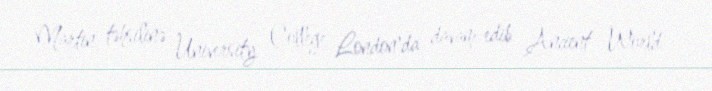
Martin təhsilinə University College London'da davam edib Ancient World